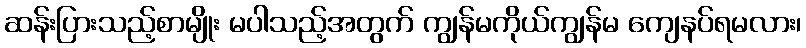
ဆန်းပြားသည့်စာမျိုး မပါသည့်အတွက် ကျွန်မကိုယ်ကျွန်မ ကျေနပ်ရမလား၊